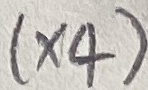
Text: (×4)